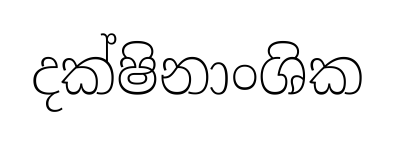
දක්ෂිනාංශික